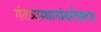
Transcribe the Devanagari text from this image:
गंतव्यस्थानांबरोबरच